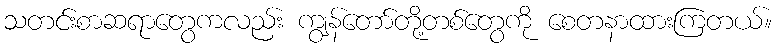
သတင်းစာဆရာတွေကလည်း ကျွန်တော်တို့တစ်တွေကို စေတနာထားကြတယ်။